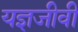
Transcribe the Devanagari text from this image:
यज्ञजीवी